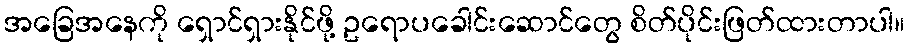
အခြေအနေကို ရှောင်ရှားနိုင်ဖို့ ဥရောပခေါင်းဆောင်တွေ စိတ်ပိုင်းဖြတ်ထားတာပါ။